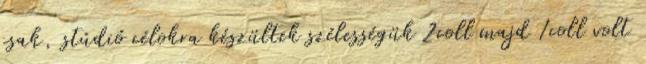
csak, stúdió célokra készültek szélességük 2coll majd 1coll volt